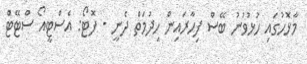
މާޅޮހުގައި ހުޅުވުނު ބޭސް ފިހާރައިން ހިދުމަތް ދެނީ - ފޮޓޯ: އެސްޓީއޯ ސްޓޭޓް